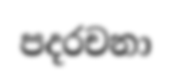
පදරචනා